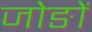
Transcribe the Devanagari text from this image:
जोङों